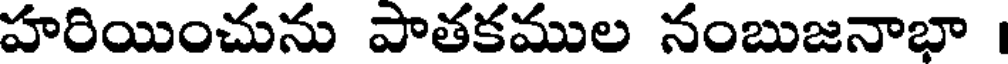
హరియించును పాతకముల నంబుజనాభా